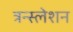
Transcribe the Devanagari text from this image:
त्रन्स्लेशन